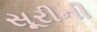
સૂરીની